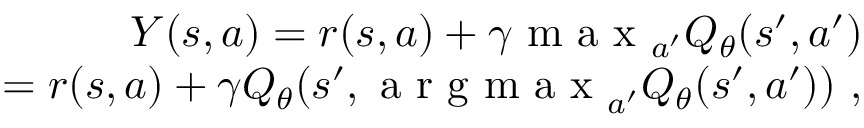
\begin{array} { r } { Y ( s , a ) = r ( s , a ) + \gamma \mathrm { ~ m ~ a ~ x ~ } _ { a ^ { \prime } } Q _ { \theta } ( s ^ { \prime } , a ^ { \prime } ) } \\ { = r ( s , a ) + \gamma Q _ { \theta } ( s ^ { \prime } , \mathrm { ~ a ~ r ~ g ~ m ~ a ~ x ~ } _ { a ^ { \prime } } Q _ { \theta } ( s ^ { \prime } , a ^ { \prime } ) ) ~ , } \end{array}